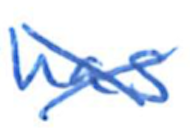
Text: has
Cross-out: cross
Writing tool: ballpoint